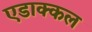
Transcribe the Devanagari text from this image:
एडाक्कल